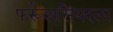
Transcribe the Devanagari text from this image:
फर्रूखसियरला